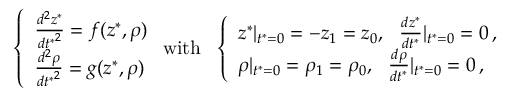
\left\{ \begin{array} { l l } { \frac { d ^ { 2 } z ^ { * } } { { d t ^ { * } } ^ { 2 } } = f ( z ^ { * } , \rho ) } \\ { \frac { d ^ { 2 } \rho } { { d t ^ { * } } ^ { 2 } } = g ( z ^ { * } , \rho ) } \end{array} \right. \mathrm { w i t h } \ \ \left\{ \begin{array} { l l } { z ^ { * } | _ { t ^ { * } = 0 } = - z _ { 1 } = z _ { 0 } , \ \ \frac { d z ^ { * } } { d t ^ { * } } | _ { t ^ { * } = 0 } = 0 \, , } \\ { \rho | _ { t ^ { * } = 0 } = \rho _ { 1 } = \rho _ { 0 } , \ \ \frac { d \rho } { d t ^ { * } } | _ { t ^ { * } = 0 } = 0 \, , } \end{array} \right.